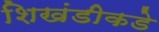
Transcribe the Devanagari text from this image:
शिखंडीकडे